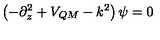
\left( - \partial _ { z } ^ { 2 } + V _ { Q M } - k ^ { 2 } \right) \psi = 0